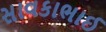
સાવકાભાઈ